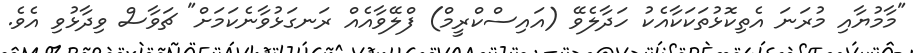
"މާމުޔާއި މުރަނަ އެތިކޮޅުތަކަކާއެކު ހަދާލެވޭ (އައިސްކްރީމް) ފްލޭވާއެއް ރަނގަޅުވާނެކަމަށް" ޗަވާސް ވިދާޅުވި އެވެ.